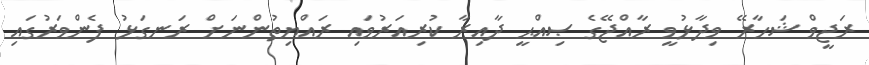
ރަޖީވް ޝަހާރޭ ވިދާޅުވީ ރާއްޖޭގެ ޞިއްޙީ ދާއިރާ ކުރިއަރުވައި ރައްޔިތުންނަށް ރަނގަޅު ފެންވަރުގައި